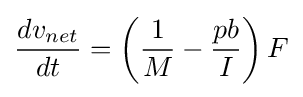
{\frac {dv_{net}}{dt}}=\left({\frac {1}{M}}-{\frac {pb}{I}}\right)F